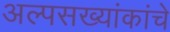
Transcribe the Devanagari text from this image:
अल्पसख्यांकांचे